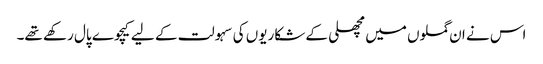
اس نے ان گملوں میں مچھلی کے شکاریوں کی سہولت کے لیے کیچوے پال رکھے تھے۔